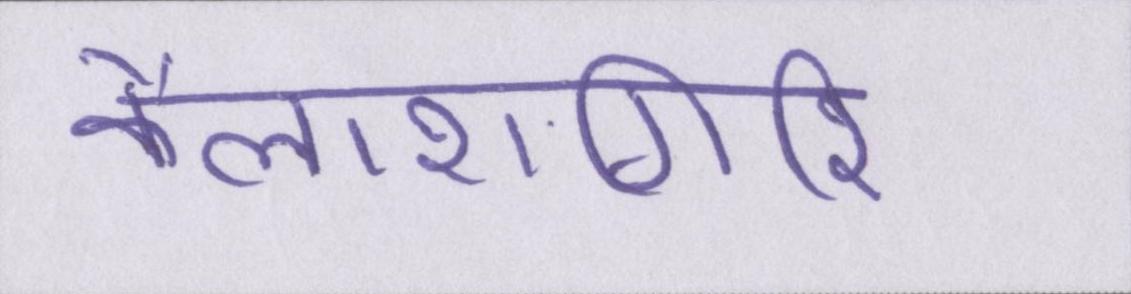
कैलाशगिरि